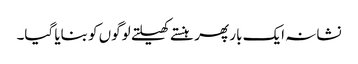
نشانہ ایک بار پھر ہنستے کھیلتے لوگوں کو بنایا گیا۔